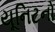
યૂનિટનો